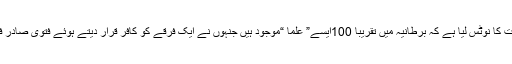
اور اس بات کا نوٹس لیا ہے کہ برطانیہ میں تقریباً 100ایسے” علما “موجود ہیں جنہوں نے ایک فرقے کو کافر قرار دیتے ہوئے فتویٰ صادر فرمایا ہے۔